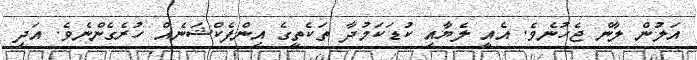
އަލުން ލާން ޖެހުނެވެ. އެއީ ލެޔާއި ކުޑަކަމުދާ ތަކެތީގެ އިންފެކްޝަނެއް ހުރެގެންނެވެ. އަދި